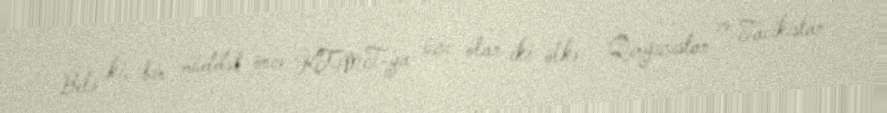
Belə ki, bir müddət öncə KTMT-ya üzv olan iki ölkə - Qırğızıstan və Tacikistan